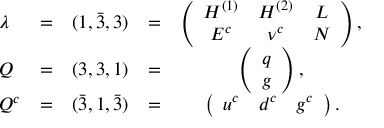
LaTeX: \begin{array} { l c c c c } { { \lambda } } & { { = } } & { { ( 1 , \bar { 3 } , 3 ) } } & { { = } } & { { \left( \begin{array} { c c c } { { H ^ { ( 1 ) } } } & { { H ^ { ( 2 ) } } } & { { L } } \\ { { E ^ { c } } } & { { \nu ^ { c } } } & { { N } } \end{array} \right) , \strut } } \\ { { Q } } & { { = } } & { { ( 3 , 3 , 1 ) } } & { { = } } & { { \left( \begin{array} { c } { { q } } \\ { { g } } \end{array} \right) , \strut } } \\ { { Q ^ { c } } } & { { = } } & { { ( \bar { 3 } , 1 , \bar { 3 } ) } } & { { = } } & { { \left( \begin{array} { c c c } { { u ^ { c } } } & { { d ^ { c } } } & { { g ^ { c } } } \end{array} \right) . } } \end{array}